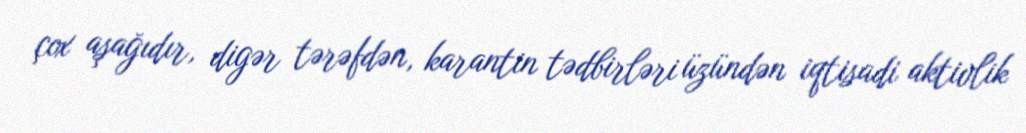
çox aşağıdır, digər tərəfdən, karantin tədbirləri üzündən iqtisadi aktivlik